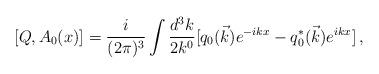
LaTeX: \begin{align*}[ Q,A_0(x)] =\frac{i}{(2 \pi)^3} \int \frac{d^3 k}{2 k^0} [ q_0(\vec{k}) e^{-ikx} - q_0^*(\vec{k}) e^{ikx} ] \, ,\end{align*}